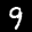
Label: 9